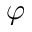
\varphi